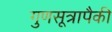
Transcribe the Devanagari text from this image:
गुणसूत्रापैकी